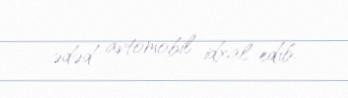
ədəd avtomobil idxal edib.